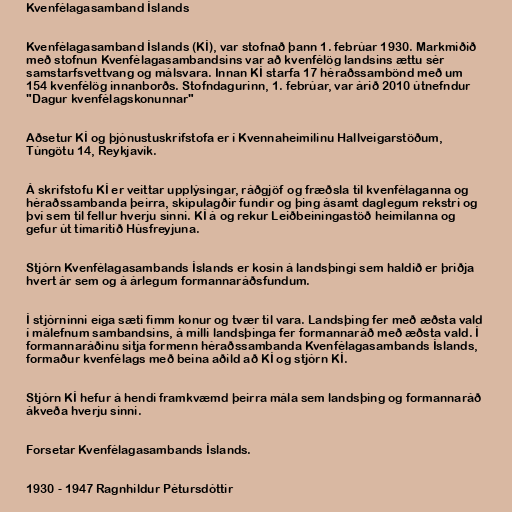
Kvenfélagasamband Íslands

Kvenfélagasamband Íslands (KÍ), var stofnað þann 1. febrúar 1930. Markmiðið
með stofnun Kvenfélagasambandsins var að kvenfélög landsins ættu sér
samstarfsvettvang og málsvara. Innan KÍ starfa 17 héraðssambönd með um
154 kvenfélög innanborðs. Stofndagurinn, 1. febrúar, var árið 2010 útnefndur
"Dagur kvenfélagskonunnar"

Aðsetur KÍ og þjónustuskrifstofa er í Kvennaheimilinu Hallveigarstöðum,
Túngötu 14, Reykjavík.

Á skrifstofu KÍ er veittar upplýsingar, ráðgjöf og fræðsla til kvenfélaganna og
héraðssambanda þeirra, skipulagðir fundir og þing ásamt daglegum rekstri og
því sem til fellur hverju sinni. KÍ á og rekur Leiðbeiningastöð heimilanna og
gefur út tímaritið Húsfreyjuna.

Stjórn Kvenfélagasambands Íslands er kosin á landsþingi sem haldið er þriðja
hvert ár sem og á árlegum formannaráðsfundum.

Í stjórninni eiga sæti fimm konur og tvær til vara. Landsþing fer með æðsta vald
í málefnum sambandsins, á milli landsþinga fer formannaráð með æðsta vald. Í
formannaráðinu sitja formenn héraðssambanda Kvenfélagasambands Íslands,
formaður kvenfélags með beina aðild að KÍ og stjórn KÍ.

Stjórn KÍ hefur á hendi framkvæmd þeirra mála sem landsþing og formannaráð
ákveða hverju sinni.

Forsetar Kvenfélagasambands Íslands.

1930 - 1947 Ragnhildur Pétursdóttir